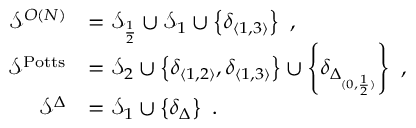
\begin{array} { r l } { \mathcal { S } ^ { O ( N ) } } & { = \mathcal { S } _ { \frac 1 2 } \cup \mathcal { S } _ { 1 } \cup \left\{ \delta _ { \langle 1 , 3 \rangle } \right\} \ , } \\ { \mathcal { S } ^ { \mathrm { P o t t s } } } & { = \mathcal { S } _ { 2 } \cup \left\{ \delta _ { \langle 1 , 2 \rangle } , \delta _ { \langle 1 , 3 \rangle } \right\} \cup \left\{ \delta _ { \Delta _ { ( 0 , \frac 1 2 ) } } \right\} \ , } \\ { \mathcal { S } ^ { \Delta } } & { = \mathcal { S } _ { 1 } \cup \left\{ \delta _ { \Delta } \right\} \ . } \end{array}